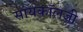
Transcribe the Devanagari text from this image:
सायकॉलजी